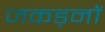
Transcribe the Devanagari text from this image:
जकड़नों